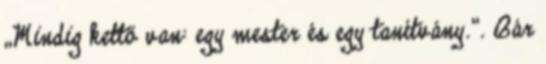
„Mindig kettő van: egy mester és egy tanítvány.”. Bár